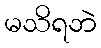
မသိရဘဲ